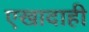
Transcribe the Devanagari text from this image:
एखादाही